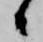
候